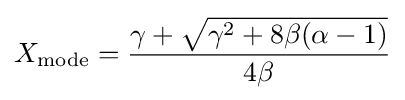
X_{\text{mode}}={\frac {\gamma +{\sqrt {\gamma ^{2}+8\beta (\alpha -1)}}}{4\beta }}